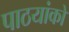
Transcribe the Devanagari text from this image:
पाठयांकों